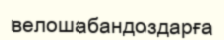
велошабандоздарға